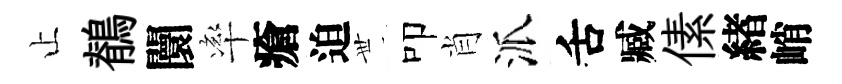
止鶺闤率瘡迫𠀍叩肖派舌臧傃緖峭